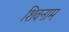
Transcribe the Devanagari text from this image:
शिवनाम